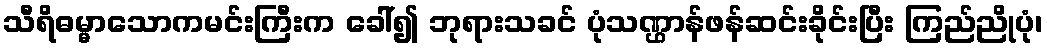
သီရိဓမ္မာသောကမင်းကြီးက ခေါ်၍ ဘုရားသခင် ပုံသဏ္ဌာန်ဖန်ဆင်းခိုင်းပြီး ကြည်ညိုပုံ၊